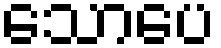
သောပေ